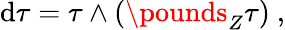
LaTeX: \mathrm{d}\tau=\tau\wedge(\pounds_{Z}\tau)\ ,